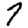
Digit: 7